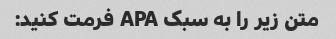
متن زیر را به سبک APA فرمت کنید: